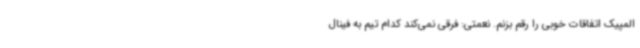
المپیک اتفاقات خوبی را رقم بزنم. نعمتی: فرقی نمی‌کند کدام تیم به فینال